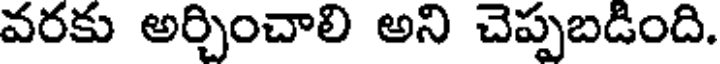
వరకు అర్చించాలి అని చెప్పబడింది.